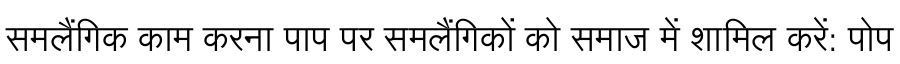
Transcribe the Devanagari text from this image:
समलैंगिक काम करना पाप पर समलैंगिकों को समाज में शामिल करें: पोप